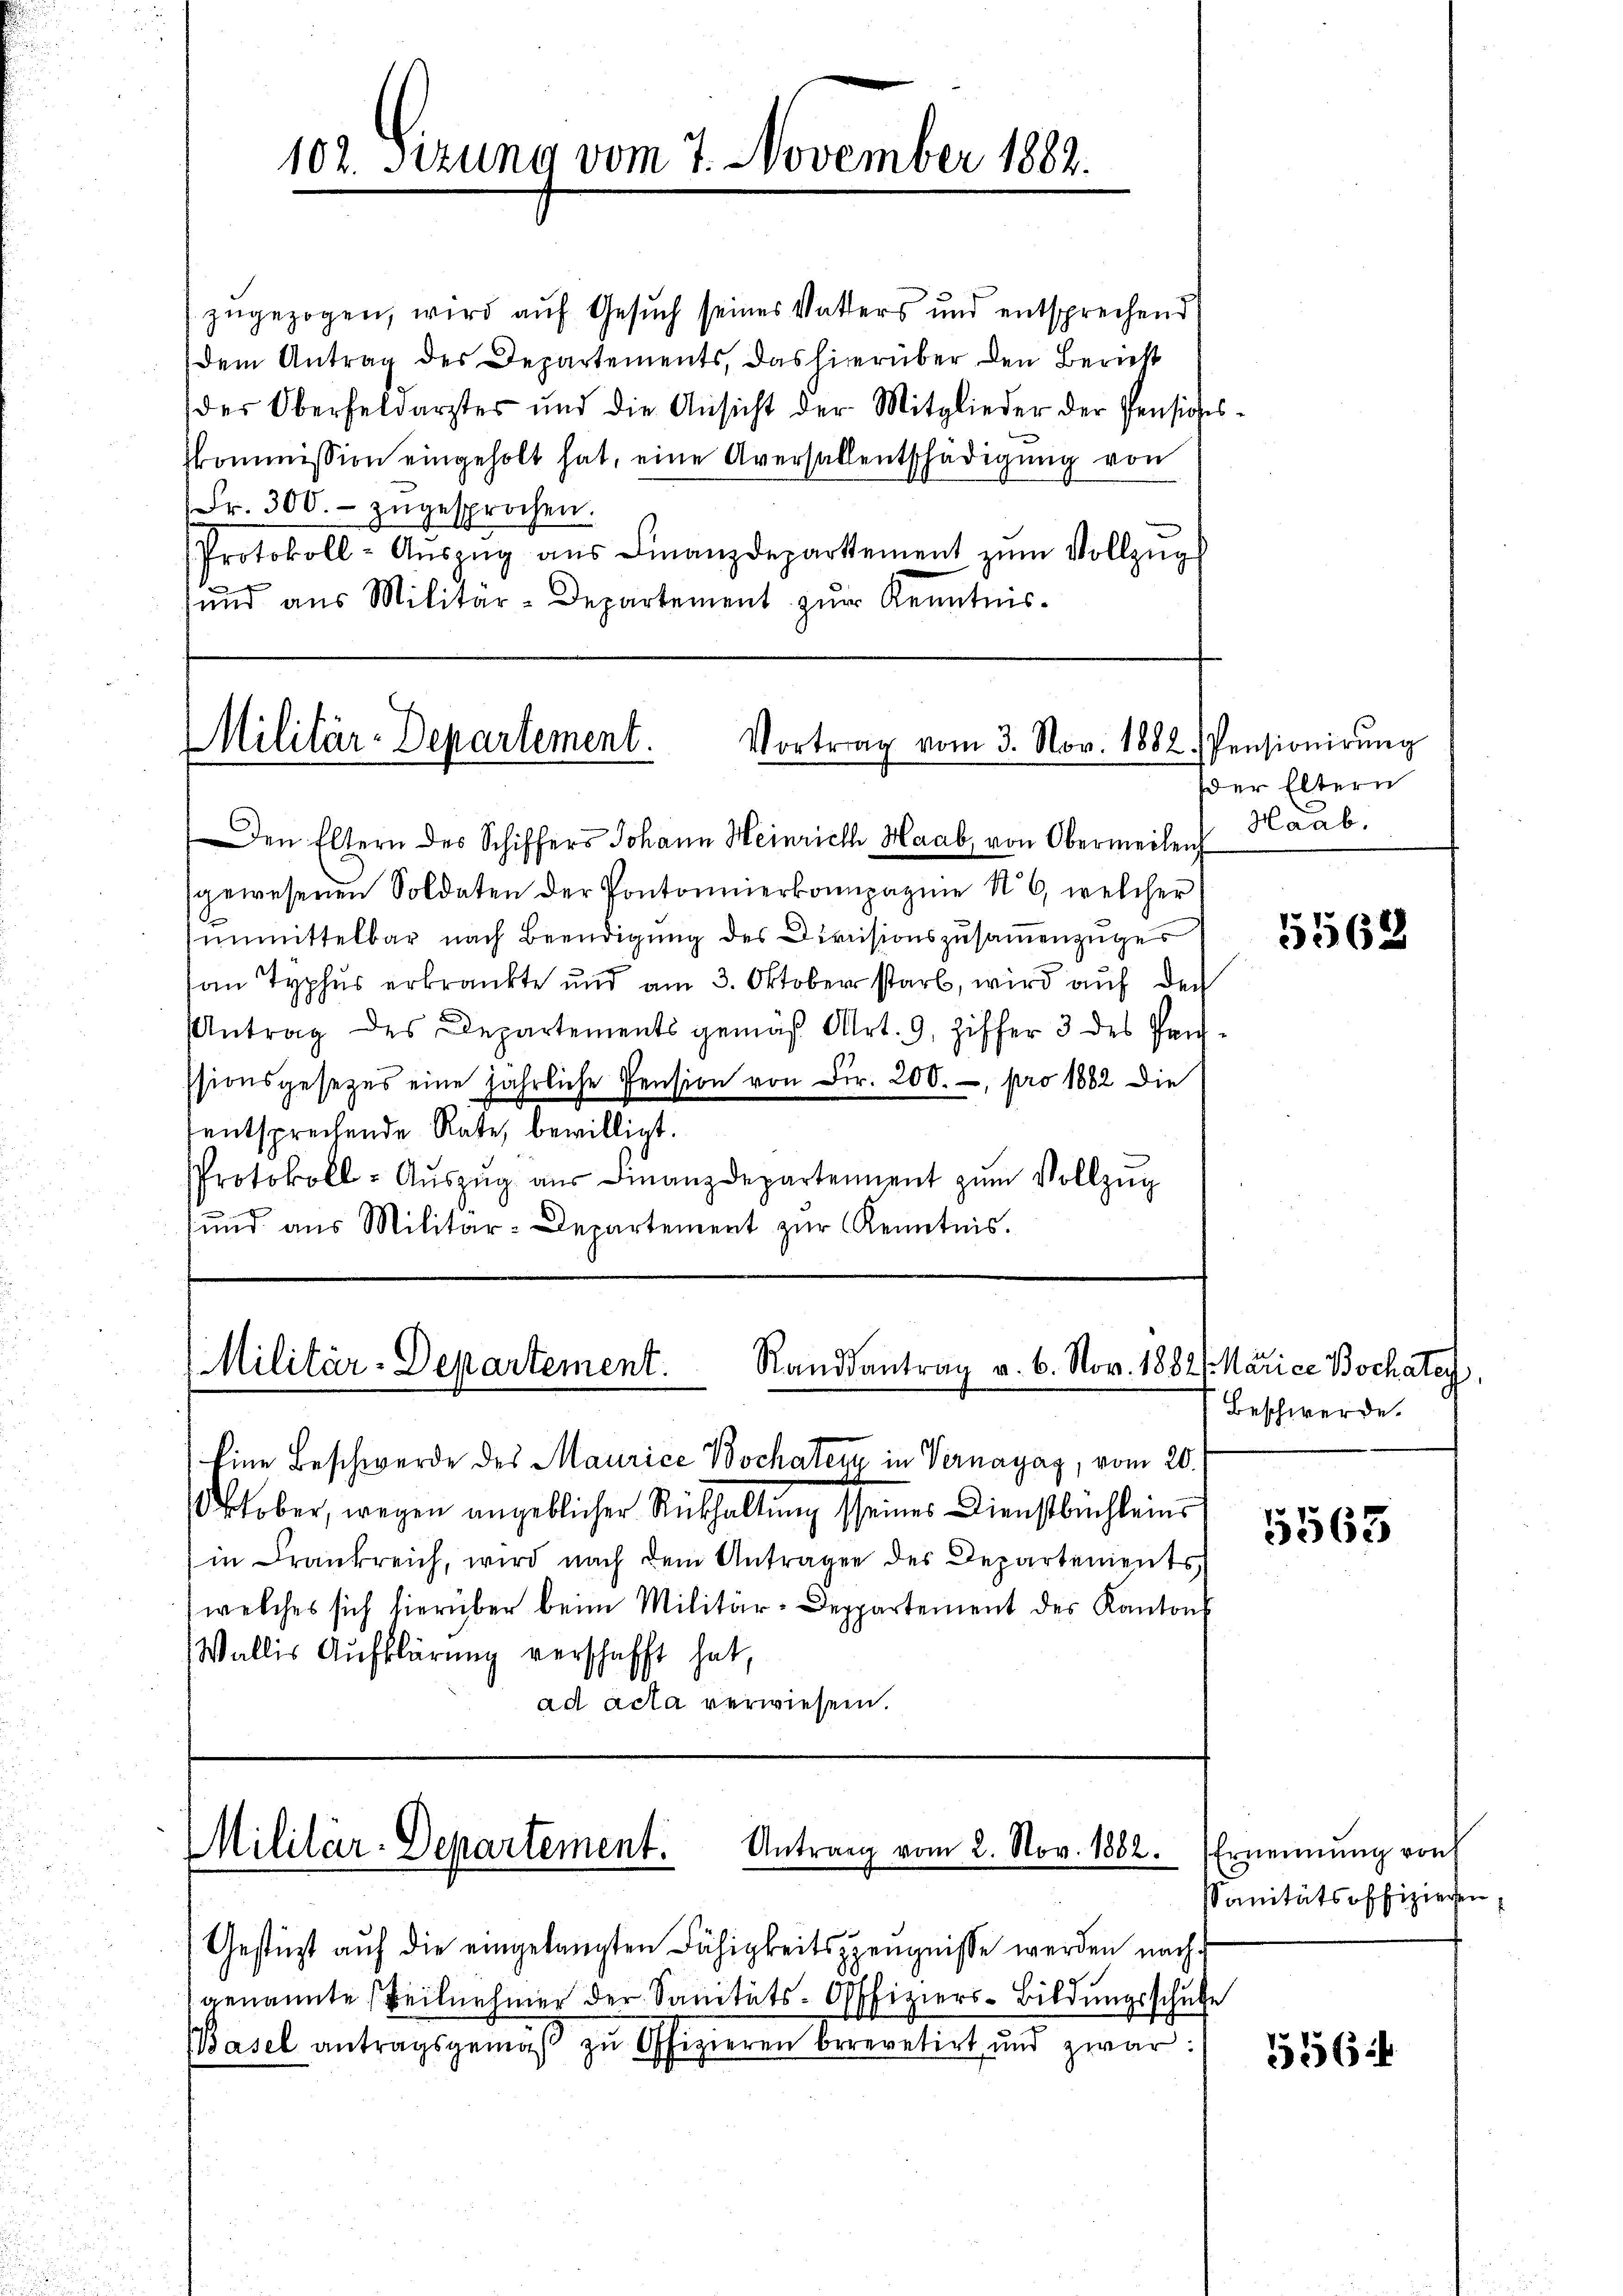
102. Sitzung vom 7. November 1882.

zugezogen, wird auf Gesuch seines Vatters und entsprechend
dem Antrag des Departements, das hierüber den Bericht
der Oberfeldarster und die Ansicht der Mitglieder der Pensiches-
skommission eingeholt hat, eine Aversallentschädigŭng von
Fr. 300.- zugesprochen.
Protokoll-Aŭszŭg aŭs Finanzdepartement zŭm Vollzŭg
x
ŭnd aus Militär-Departement zŭr Kenntnis-

Militär-Departement.
Vortrag vom 3. Nov. 1882. Pensionirŭng

Den Eltern des Schiffers Johann Heinrich Haab, von Obermeilen Haab.
sgewesenen Soldaten der Pontonnierkompagnie N. 6, welcher
unmittelbar nach Beendigung des Divisionszusammenzuges
an Typhus erkränkte und am 3. Oktober starb, wird auf der
Antrag des Departements gemäß Art. 9, Ziffer 3 des Prissionsgesetzes eine jährliche Pension von Fr. 200.-, pro 1882 die
entsprechende Rate, bewilligt.
PProtokoll-Auszug aus Finanzdepartement zum Vollzug
sŭnd aus Militär-Departement zŭr Kenntnis.

Eine Beschwerde des Maurice Bochaten in Vernayag, vom 20.
Oktober, wegen angeblicher Rückhaltung seines Dienstbuchleins
(in Frankreich, wird nach dem Antragen des Departements
welches sich hierüber beim Militär-Deppartement des Kantons
Wallis Aufklärung verschafft hat,
ad acta verwiesen.

Militär-Departement.
Randsantrag v. 6. Nov. 1882 (Marice Bochatey,

Antrag vom 2. Nov. 1882. Ernennung von
Militär-Departement.

Gestüzt auf die eingelangten Fähigkeitszeugnisse werden nach
genannte Teilnehmer der Sanitäts-Offiziers-Bildungsschule
Basel antragsgemäβ zŭ Offizieren berevetirt und zwar:

der Eltern

5568

Beschwerde.

5565

Sanitätsoffizieren

5564